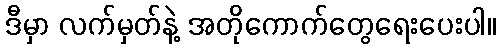
ဒီမှာ လက်မှတ်နဲ့ အတိုကောက်တွေရေးပေးပါ။